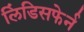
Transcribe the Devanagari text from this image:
लिंडिसफेर्न